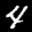
Label: 4